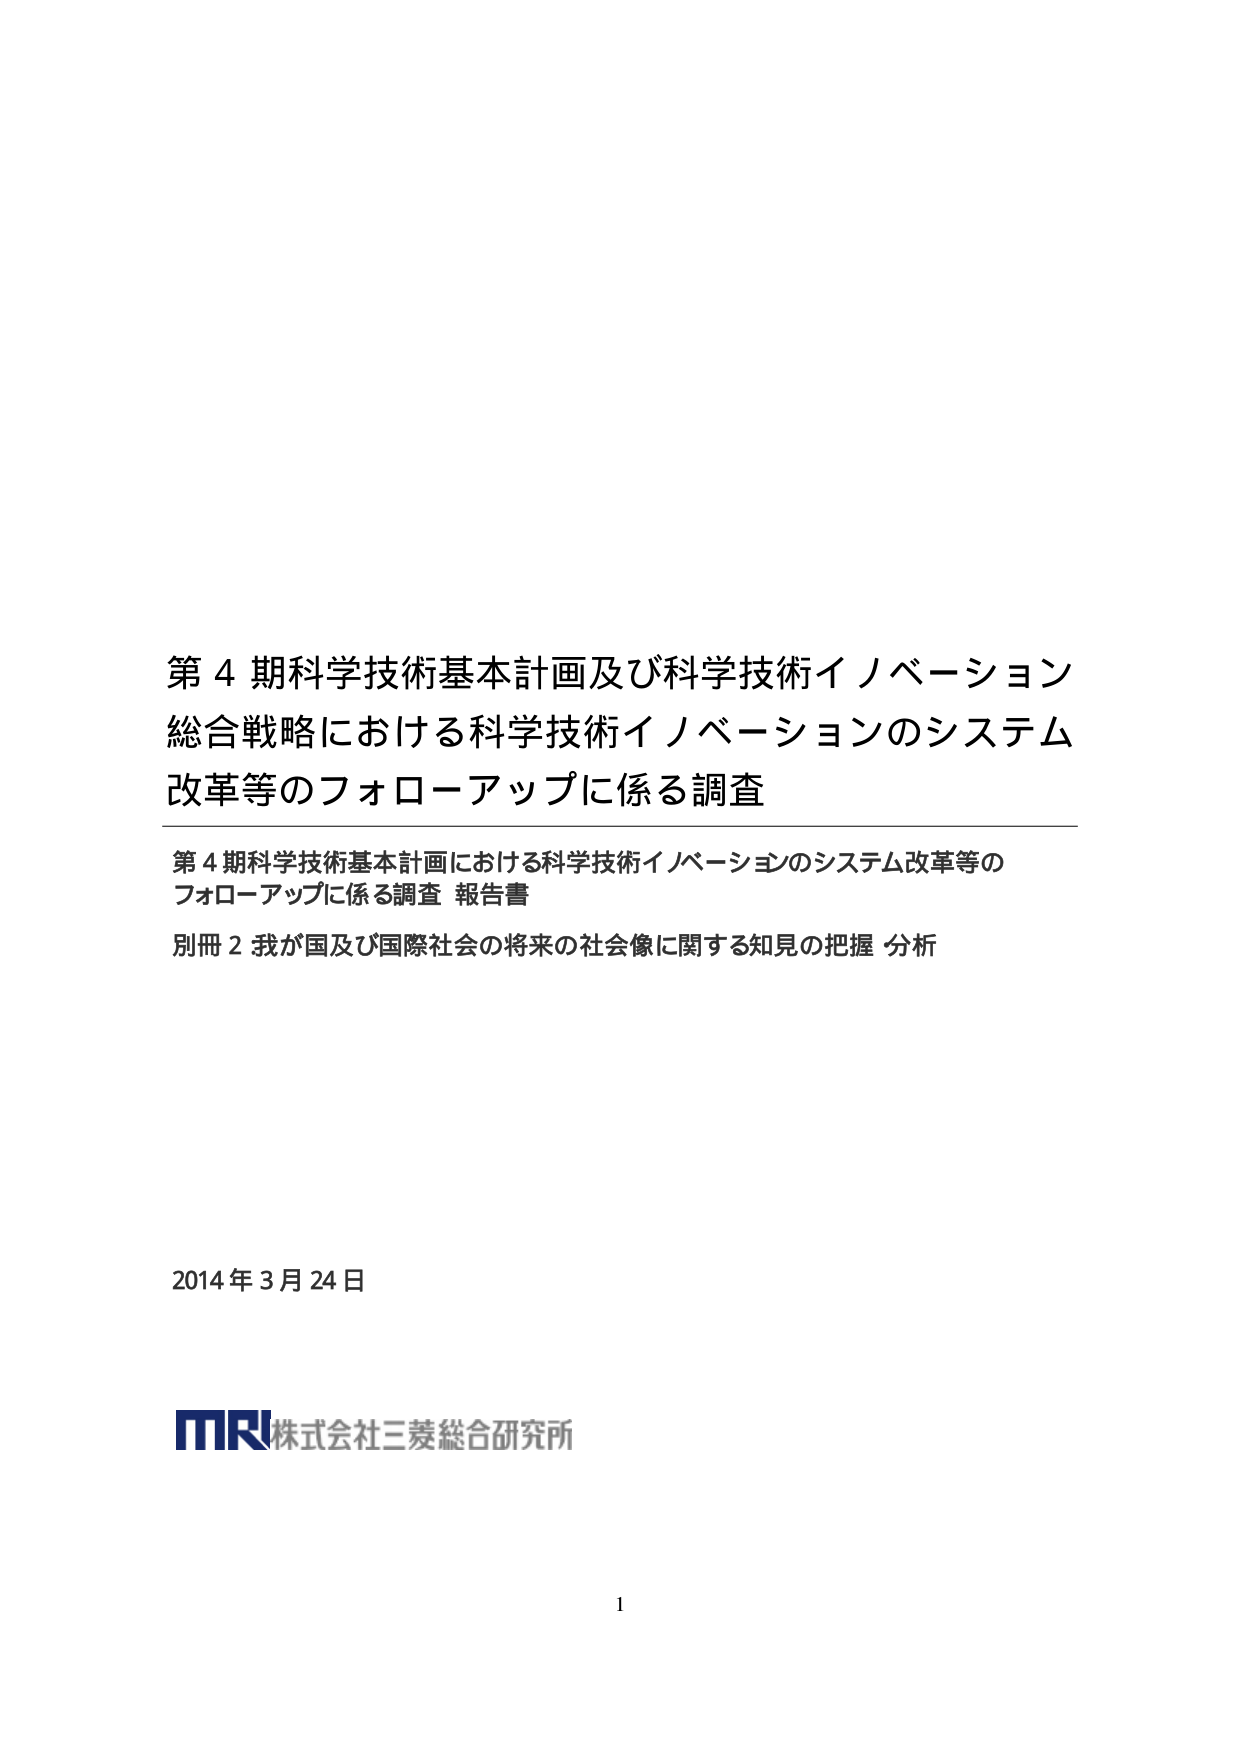
第４期科学技術基本計画及び科学技術イノベーション
総合戦略における科学技術イノベーションのシステム
改革等のフォローアップに係る調査

第４期科学技術基本計画における科学技術イノベーションのシステム改革等の
フォローアップに係る調査 報告書
別冊２ 我が国及び国際社会の将来の社会像に関する知見の把握 分析

2014年3月24日

MR 株式会社三菱総合研究所

1